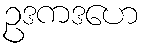
ဥဒကဒဟေ